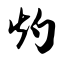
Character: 灼